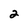
Character: 2